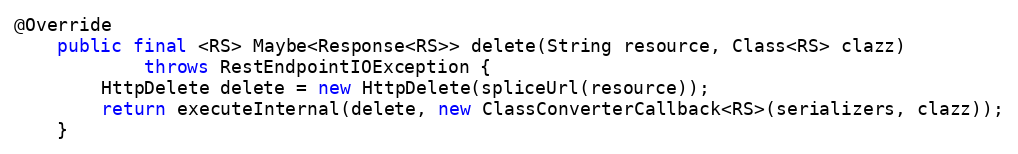
Language: Java
@Override
    public final <RS> Maybe<Response<RS>> delete(String resource, Class<RS> clazz)
            throws RestEndpointIOException {
        HttpDelete delete = new HttpDelete(spliceUrl(resource));
        return executeInternal(delete, new ClassConverterCallback<RS>(serializers, clazz));
    }